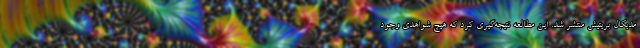
مدیکال بریتیش منتشر شد. این مطالعه نتیجه‌گیری کرد که هیچ شواهدی وجود